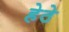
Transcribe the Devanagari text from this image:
हेठे